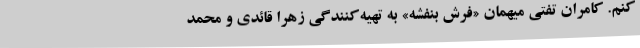
کنم. کامران تفتی میهمان «فرش بنفشه» به تهیه‌کنندگی زهرا قائدی و محمد